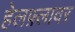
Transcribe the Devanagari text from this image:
हेलफ़्लावर